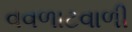
વવળાટવાળી